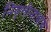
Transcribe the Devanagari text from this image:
निवृत्तीनाथांचे